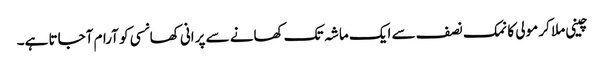
چینی ملا کر مولی کا نمک نصف سے ایک ماشہ تک کھانے سے پرانی کھانسی کو آرام آجاتا ہے۔